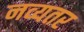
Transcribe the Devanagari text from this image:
नव्यतर